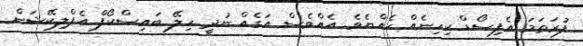
ފުރަތަމަ އެފިސޯޑް ކިހިނެއް ހެއްޔެވެ. އެއްވެސް އަގެއް ނުދީ ހިލޭ ބައިސްކޯފް އެޕްލިކޭޝަން